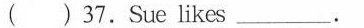
( )37.Sue likes___.